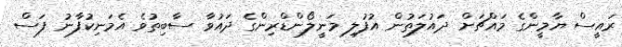
ރައީސް ޔާމީންގެ މައްޗަށް ދައުލަތުން އުފުލި މަނީލޯންޑްރިންގެ ދައުވާ ސާބިތުވެ އެމަނިކުފާނު ފަސް